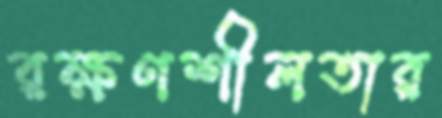
রক্ষণশীলতার